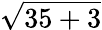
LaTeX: \sqrt{35+3}